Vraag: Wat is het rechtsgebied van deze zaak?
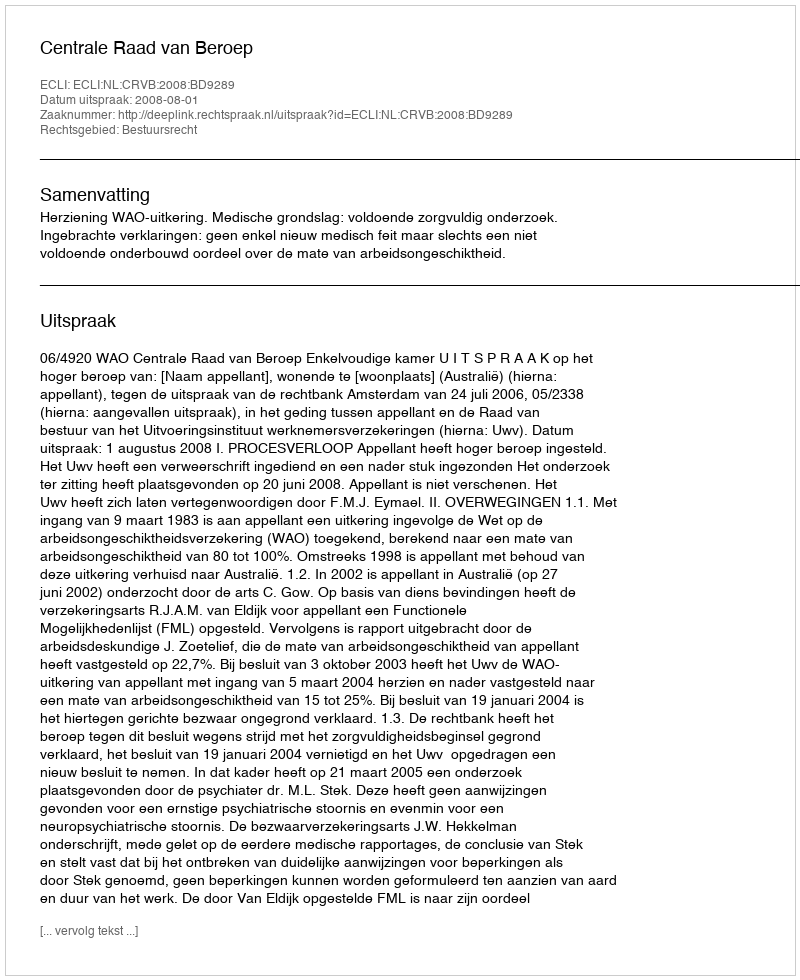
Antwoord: Bestuursrecht